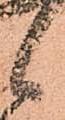
候